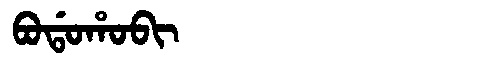
Manchu: ᠪᠣᡩᠣᡥᠣᠪᡳ
Romanization: BODOHOBI